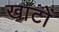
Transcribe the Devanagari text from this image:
खाटों